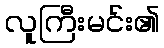
လူကြီးမင်း၏